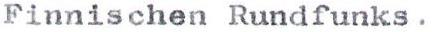
Finnischen Rundfunks.